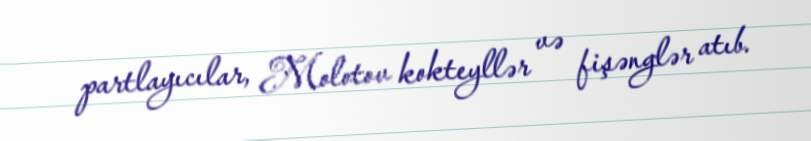
partlayıcılar, Molotov kokteyllər və fişənglər atıb.